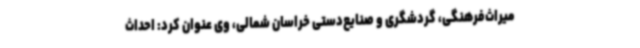
میراث‌فرهنگی، گردشگری و صنایع‌دستی خراسان شمالی، وی عنوان کرد: احداث